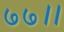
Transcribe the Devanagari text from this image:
७७।।